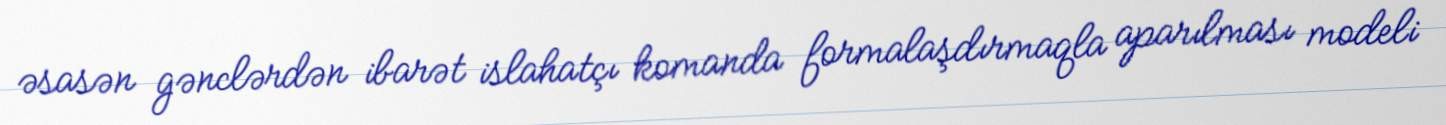
əsasən gənclərdən ibarət islahatçı komanda formalaşdırmaqla aparılması modeli